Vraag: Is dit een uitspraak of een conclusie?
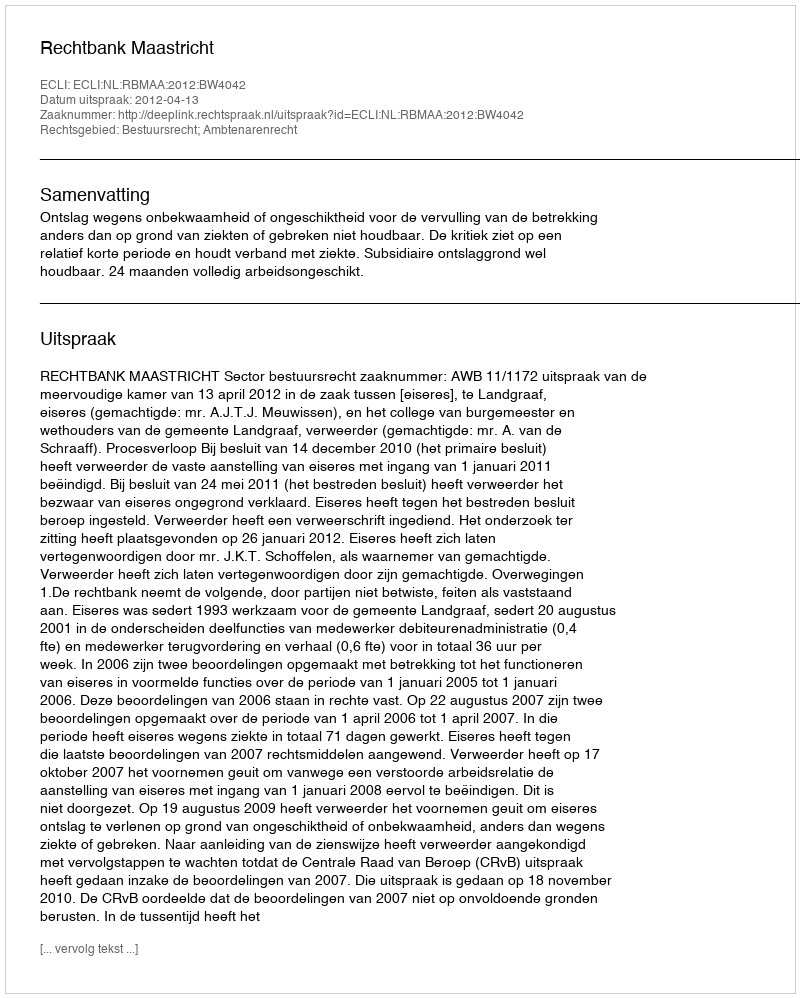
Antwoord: Uitspraak